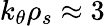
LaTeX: k_{\theta}\rho_{s}\approx 3